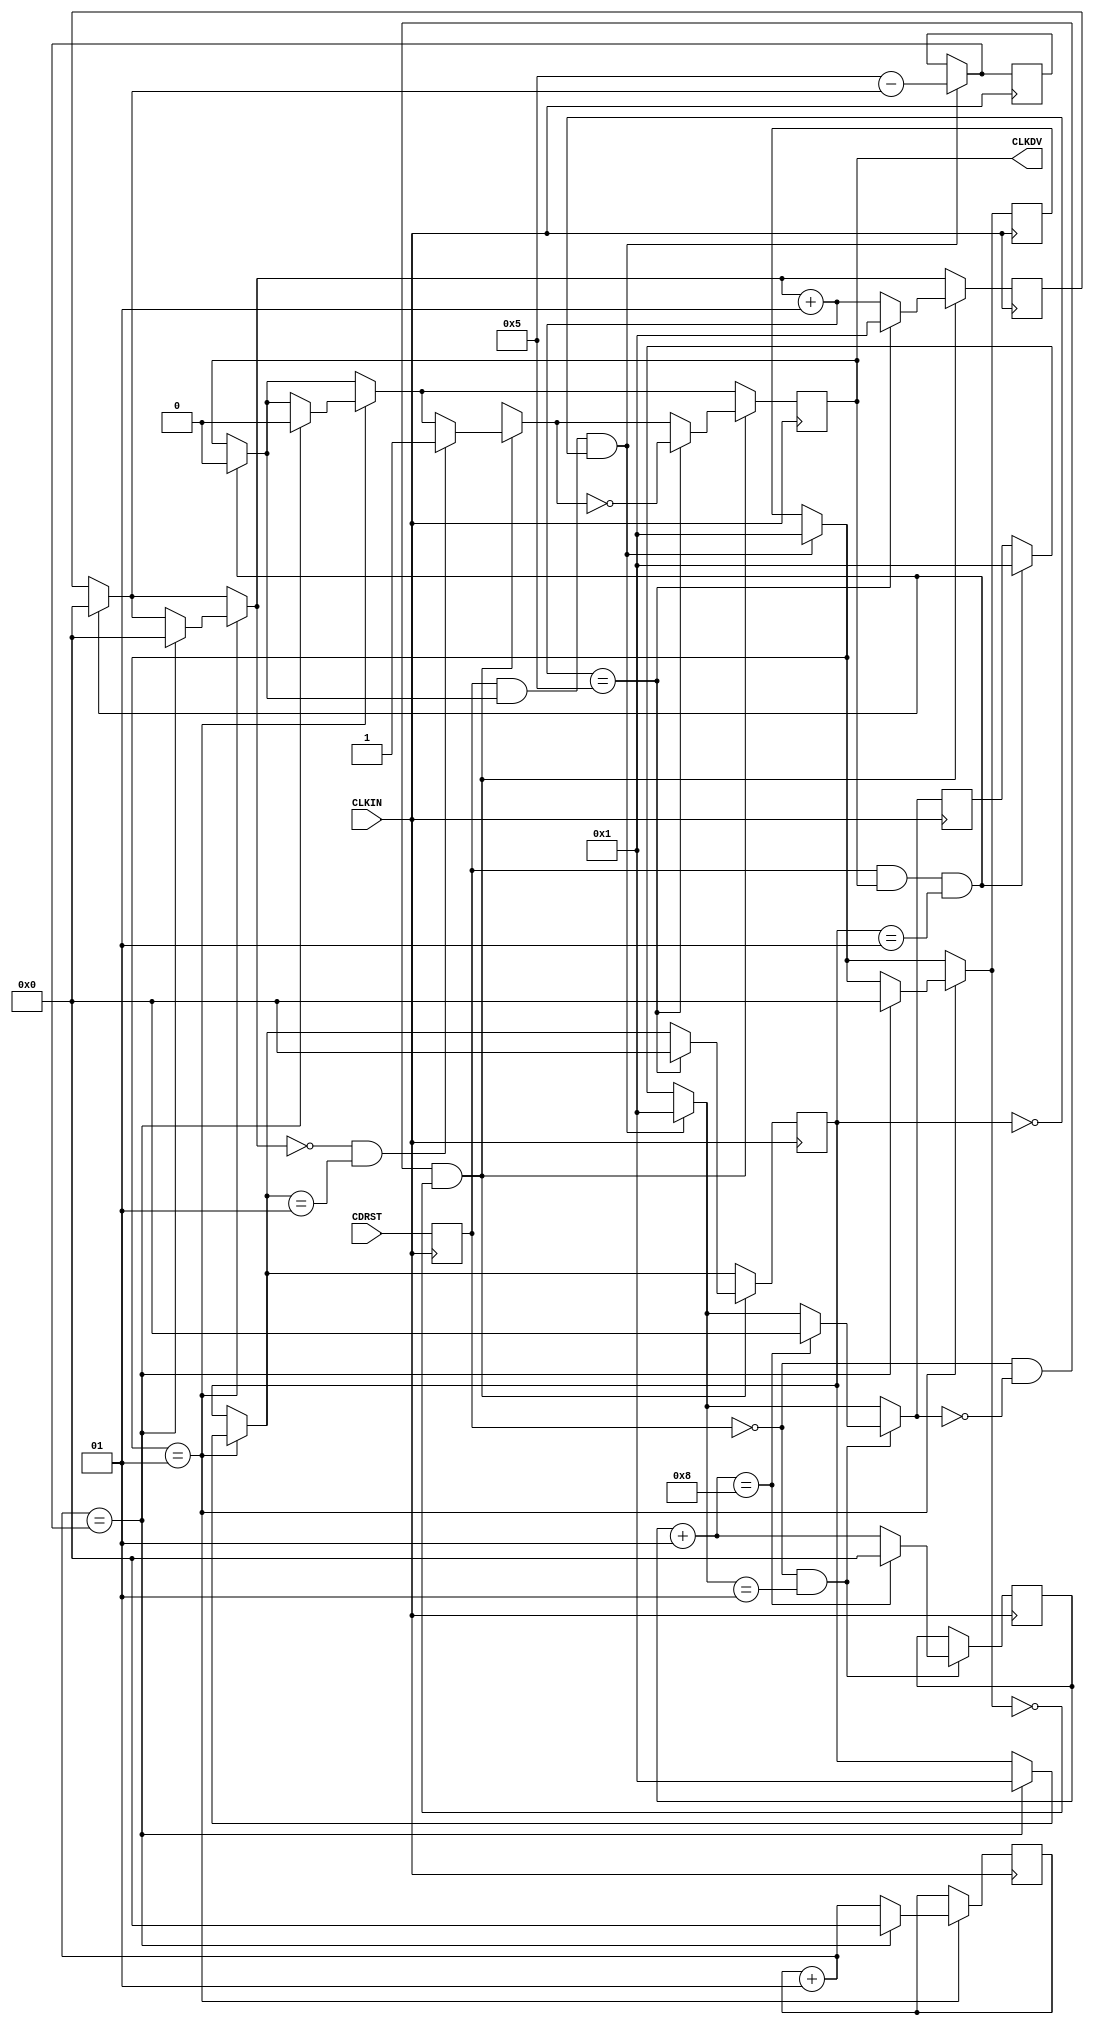
/* Clock divide with synchronous reset and divider delay
   August 10, 2001
   April 22, 2002 Changed CDRST to sensitive to negative edge of CLKIN
   May 1,2003 LSS Added 1 clock cycle delay to startup 
*/

`timescale 100 ps / 10 ps

module CLK_DIV8RSD (CLKDV,CDRST,CLKIN);

parameter DIVIDE_BY = 8;
parameter DIVIDER_DELAY = 1;

input CDRST,CLKIN;
output CLKDV;
reg CLKDV;
reg CDRST_i;

integer CLOCK_DIVIDER;
integer RESET_WAIT_COUNT;
integer START_WAIT_COUNT;
integer DELAY_RESET;
integer DELAY_START;
integer STARTUP;
integer NO_BITS_REMAINING;

initial begin
 CLOCK_DIVIDER = 0;
 RESET_WAIT_COUNT = 0;
 START_WAIT_COUNT = 0;
 DELAY_RESET = 0;
 DELAY_START = DIVIDER_DELAY;
 NO_BITS_REMAINING = 0;
 STARTUP = 1;
 CLKDV = 1'b0;
end

always @(negedge CLKIN)
begin
CDRST_i = CDRST;
end

always @(posedge CLKIN)
begin

if (CDRST_i && (CLKDV == 1'b1) && (STARTUP == 1))
begin
	CLKDV = 1'b0;
	CLOCK_DIVIDER = 0;
	DELAY_START = DIVIDER_DELAY;
end
 
if (CDRST_i && (CLKDV == 1'b1) && (STARTUP == 0))
 begin
	NO_BITS_REMAINING = ((DIVIDE_BY/2 + 1) - CLOCK_DIVIDER);
	DELAY_RESET = 1 ;
	DELAY_START = DIVIDER_DELAY;
 end

if (DELAY_RESET == 1)		
	begin
	RESET_WAIT_COUNT = RESET_WAIT_COUNT + 1;
		 if (RESET_WAIT_COUNT == NO_BITS_REMAINING)
 		 begin
			CLKDV = 1'b0;
			DELAY_RESET = 0;
			RESET_WAIT_COUNT = 0;
			STARTUP = 1;
			CLOCK_DIVIDER = 0;
		 end
	end


if (CDRST_i == 1'b0 && DELAY_START == 1) 
 begin
 START_WAIT_COUNT = START_WAIT_COUNT + 1;
	if (START_WAIT_COUNT == DIVIDE_BY)
	begin
	START_WAIT_COUNT = 0;
	DELAY_START  = 0;
	end
 end

if (CDRST_i == 1'b0 && DELAY_START == 0 && DELAY_RESET == 0) 
 begin
	if ((CLOCK_DIVIDER ==  0) && (STARTUP == 1))
	begin
	CLKDV = 1'b1;
	end
 	CLOCK_DIVIDER = CLOCK_DIVIDER + 1;
	if (CLOCK_DIVIDER == (DIVIDE_BY/2 + 1)) 
	begin
	STARTUP = 0;
	CLOCK_DIVIDER = 1;
	CLKDV = ~CLKDV;
	end
 end

end


endmodule